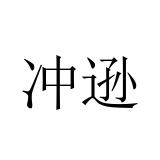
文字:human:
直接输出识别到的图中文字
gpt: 冲逊